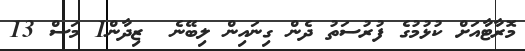
މޮރާޓާއަށް ކުޅުމުގެ ފުރުސަތު ދެން ގިނައިން ލިބޭނެ  ޒިދާން1 މަސް 13